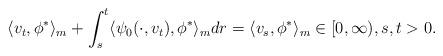
LaTeX: \begin{align*} \langle v_t,\phi^*\rangle_m + \int_s^t \langle \psi_0(\cdot ,v_t) , \phi^*\rangle_m dr = \langle v_s,\phi^*\rangle_m \in [0,\infty), s, t > 0. \end{align*}